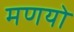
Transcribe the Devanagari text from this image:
मणयो